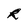
Character: R